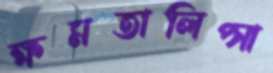
ক্ষমতালিপ্সা